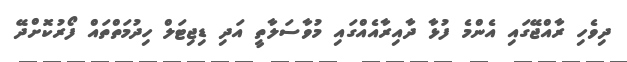
ދިވެހި ރާއްޖޭގައި އެންމެ ފުޅާ ދާއިރާއެއްގައި މުވާސަލާތީ އަދި ޑިޖިޓަލް ހިދުމަތްތައް ފޯރުކޮށްދޭ